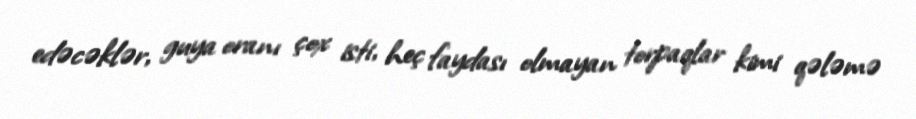
edəcəklər, guya oranı çox isti, heç faydası olmayan torpaqlar kimi qələmə